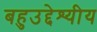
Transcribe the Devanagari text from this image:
बहुउद्देश्‍यीय